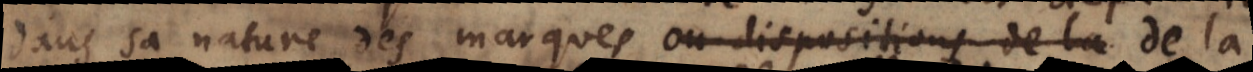
dans sa nature des marques ou dispositions de la